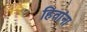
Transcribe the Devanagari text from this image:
हितांना